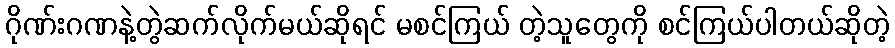
ဂိုဏ်းဂဏနဲ့တွဲဆက်လိုက်မယ်ဆိုရင် မစင်ကြယ် တဲ့သူတွေကို စင်ကြယ်ပါတယ်ဆိုတဲ့